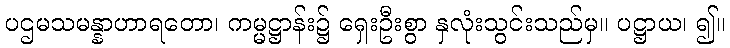
ပဌမသမန္နာဟာရတော၊ ကမ္မဋ္ဌာန်း၌ ရှေးဦးစွာ နှလုံးသွင်းသည်မှ။ ပဋ္ဌာယ၊ ၍။